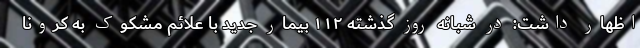
اظهار داشت: در شبانه روز گذشته ۱۱۲ بیمار جدید با علائم مشکوک به کرونا